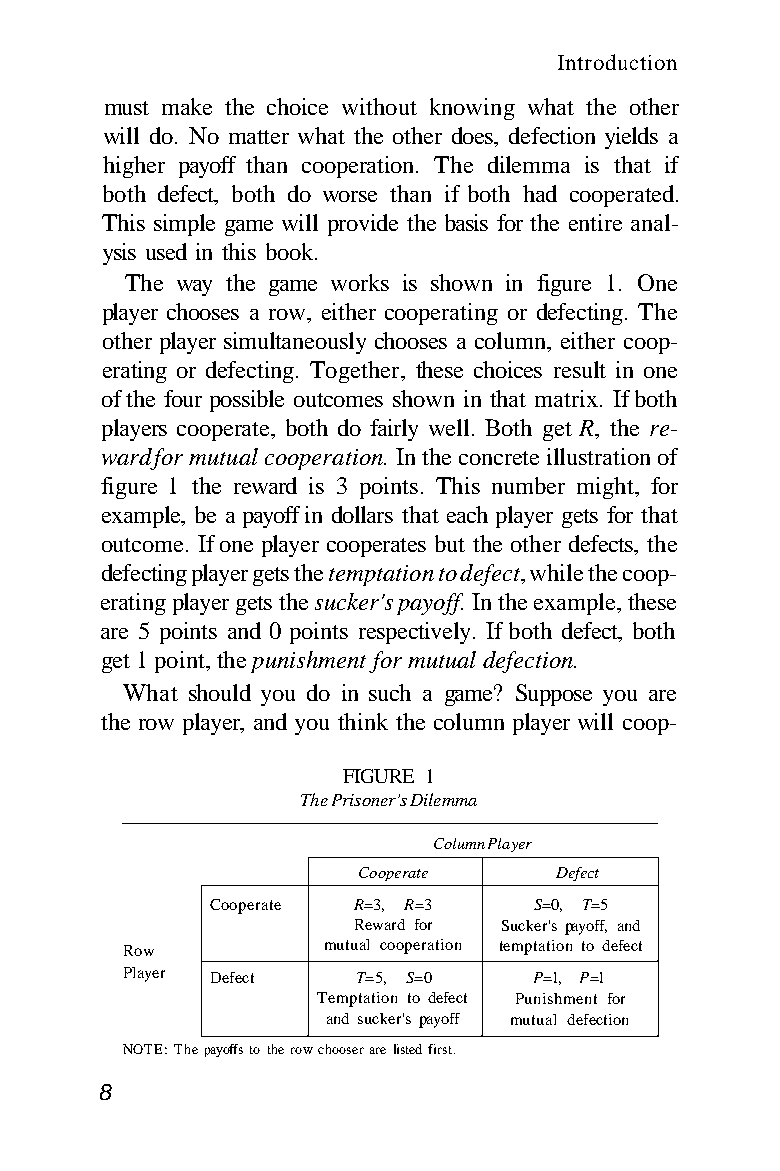
Introduction
 must make the choice without knowing what the other
 will do. No matter what the other does, defection yields a
 higher payoff than cooperation. The dilemma is that if
 both defect, both do worse than if both had cooperated.
 This simple game will provide the basis for the entire anal-
 ysis used in this book.
 The way the game works is shown in figure 1. One
 player chooses a row, either cooperating or defecting. The
 other player simultaneously chooses a column, either coop-
 erating or defecting. Together, these choices result in one
 of the four possible outcomes shown in that matrix. If both
 players cooperate, both do fairly well. Both get R, the re-
 ward for mutual cooperation. In the concrete illustration of
 figure 1 the reward is 3 points. This number might, for
 example, be a payoff in dollars that each player gets for that
 outcome. If one player cooperates but the other defects, the
 defecting player gets the temptation to defect, while the coop-
 erating player gets the sucker's payoff. In the example, these
 are 5 points and 0 points respectively. If both defect, both
 get 1 point, the punishment for mutual defection.
 What should you do in such a game? Suppose you are
 the row player, and you think the column player will coop-
 FIGURE 1
 The Prisoner's Dilemma
 Column Player
 Cooperate    Defect
 Cooperate R=3, R=3   S=0, T=5
 Reward for Sucker's payoff, and
 Row          mutual cooperation temptation to defect
 Player Defect   T=5, S=0   P=1, P =1
 Temptation to defect Punishment for
 and sucker's payoff mutual defection
 NOTE: The payoffs to the row chooser are listed first.
 8